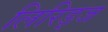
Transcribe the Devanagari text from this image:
लिरिड्ज